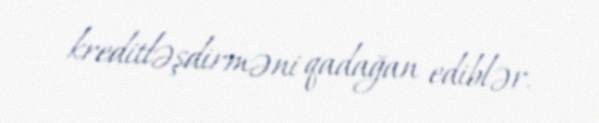
kreditləşdirməni qadağan ediblər.